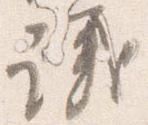
議